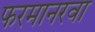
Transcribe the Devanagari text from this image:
फरमानरवा